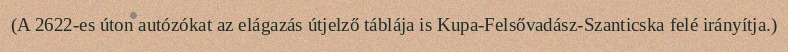
(A 2622-es úton autózókat az elágazás útjelző táblája is Kupa-Felsővadász-Szanticska felé irányítja.)